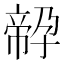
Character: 𡦔